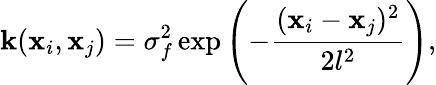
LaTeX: \mathbf{k}(\mathbf{{x}}_{i},\mathbf{{x}}_{j})=\sigma_{f}^{2}\exp\left(-\frac{{(\mathbf{{x}}_{i}-\mathbf{{x}}_{j})^{2}}}{{2l^{2}}}\right),